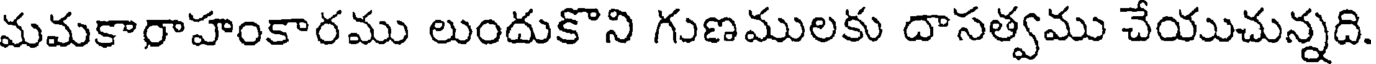
మమకారాహంకారము లుందుకొని గుణములకు దాసత్వము చేయుచున్నది